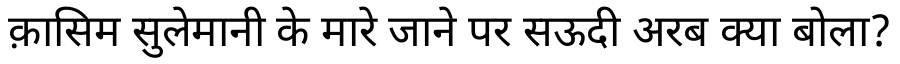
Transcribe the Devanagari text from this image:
क़ासिम सुलेमानी के मारे जाने पर सऊदी अरब क्या बोला?